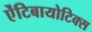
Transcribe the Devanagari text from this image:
ऐंटिबायोटिक्स